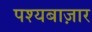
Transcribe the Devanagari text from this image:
पश्यबाज़ार